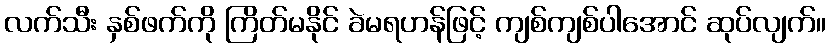
လက်သီး နှစ်ဖက်ကို ကြိတ်မနိုင် ခဲမရဟန်ဖြင့် ကျစ်ကျစ်ပါအောင် ဆုပ်လျက်။